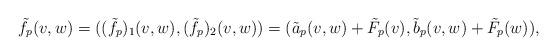
LaTeX: \begin{align*}\tilde{f}_{p}(v,w)&=((\tilde{f_{p}})_{1}(v,w),(\tilde{f_{p}})_{2}(v,w))=(\tilde{a}_{p}(v,w)+\tilde{F}_{p}(v) ,\tilde{b}_{p}(v,w) +\tilde{F}_{p}(w)),\end{align*}